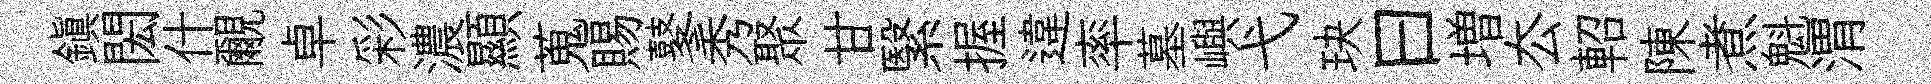
鎭閎什覼卓彩濃顯蒐賜鼕秀聚甘繄握違率墓嶼弋玦曰増厺軺陳煮魁渭